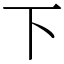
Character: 下